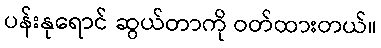
ပန်းနုရောင် ဆွယ်တာကို ဝတ်ထားတယ်။